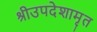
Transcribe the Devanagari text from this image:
श्रीउपदेशामृत